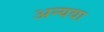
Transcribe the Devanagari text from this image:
अन्यवा